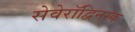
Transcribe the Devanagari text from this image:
सेवेरॉद्विनस्क